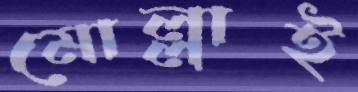
মোল্লাই